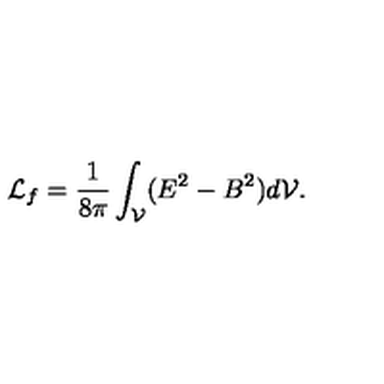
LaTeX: { \cal L } _ { f } = \frac { 1 } { 8 \pi } \int _ { \cal V } ( E ^ { 2 } - B ^ { 2 } ) d { \cal V } .